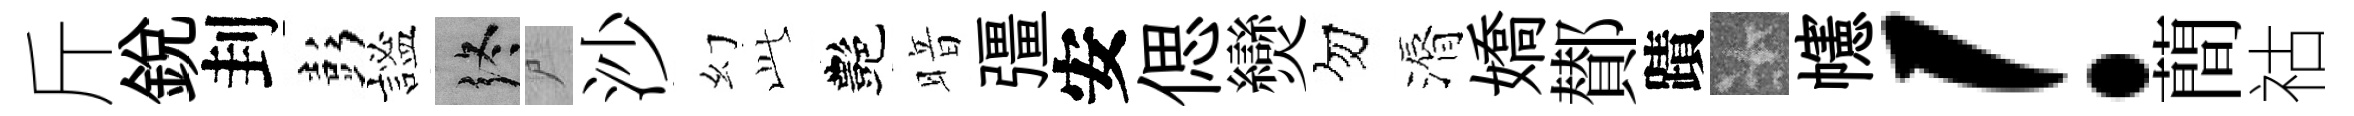
斤銳刲彭謐终尸沙幻𬼘艷暗彊安偲𤓖勿漘嬌鄼蹟卡幰！蕳祜